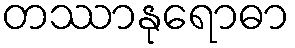
တဿာနုရောဓာ